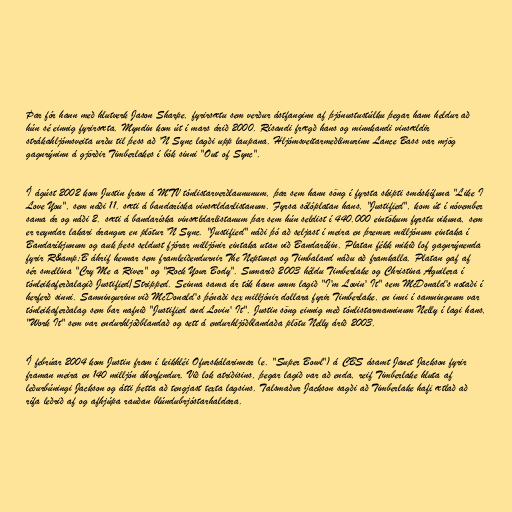
Þar fór hann með hlutverk Jason Sharpe, fyrirsætu sem verður ástfanginn af þjónustustúlku þegar hann heldur að
hún sé einnig fyrirsæta. Myndin kom út í mars árið 2000. Rísandi frægð hans og minnkandi vinsældir
strákahljómsveita urðu til þess að 'N Sync lagði upp laupana. Hljómsveitarmeðlimurinn Lance Bass var mjög
gagnrýninn á gjörðir Timberlakes í bók sinni "Out of Sync".

Í ágúst 2002 kom Justin fram á MTV tónlistarverðlaununum, þar sem hann söng í fyrsta skipti smáskífuna "Like I
Love You", sem náði 11. sæti á bandaríska vinsældarlistanum. Fyrsa sólóplatan hans, "Justified", kom út í nóvember
sama ár og náði 2. sæti á bandaríska vinsældarlistanum þar sem hún seldist í 440.000 eintökum fyrstu vikuna, sem
er reyndar lakari árangur en plötur 'N Sync. "Justified" náði þó að seljast í meira en þremur milljónum eintaka í
Bandaríkjunum og auk þess seldust fjórar milljónir eintaka utan við Bandaríkin. Platan fékk mikið lof gagnrýnenda
fyrir R&amp;B áhrif hennar sem framleiðendurnir The Neptunes og Timbaland náðu að framkalla. Platan gaf af
sér smellina "Cry Me a River" og "Rock Your Body". Sumarið 2003 héldu Timberlake og Christina Aguilera í
tónleikaferðalagið Justified/Stripped. Seinna sama ár tók hann umm lagið "I'm Lovin' It" sem McDonald's notaði í
herferð sinni. Samningurinn við McDonald's þénaði sex milljónir dollara fyrir Timberlake, en inni í samningnum var
tónleikaferðalag sem bar nafnið "Justified and Lovin' It". Justin söng einnig með tónlistarmanninum Nelly í lagi hans,
"Work It" sem var endurhljóðblandað og sett á endurhljóðblandaða plötu Nelly árið 2003.

Í febrúar 2004 kom Justin fram í leikhléi Ofurskálarinnar (e. "Super Bowl") á CBS ásamt Janet Jackson fyrir
framan meira en 140 milljón áhorfendur. Við lok atriðisins, þegar lagið var að enda, reif Timberlake hluta af
leðurbúningi Jackson og átti þetta að tengjast texta lagsins. Talsmaður Jackson sagði að Timberlake hafi ætlað að
rífa leðrið af og afhjúpa rauðan blúndubrjóstarhaldara.